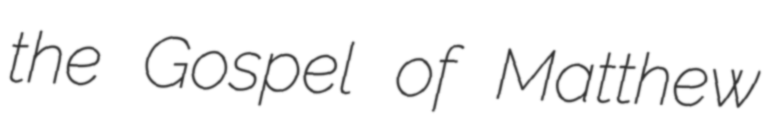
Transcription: the Gospel of Matthew